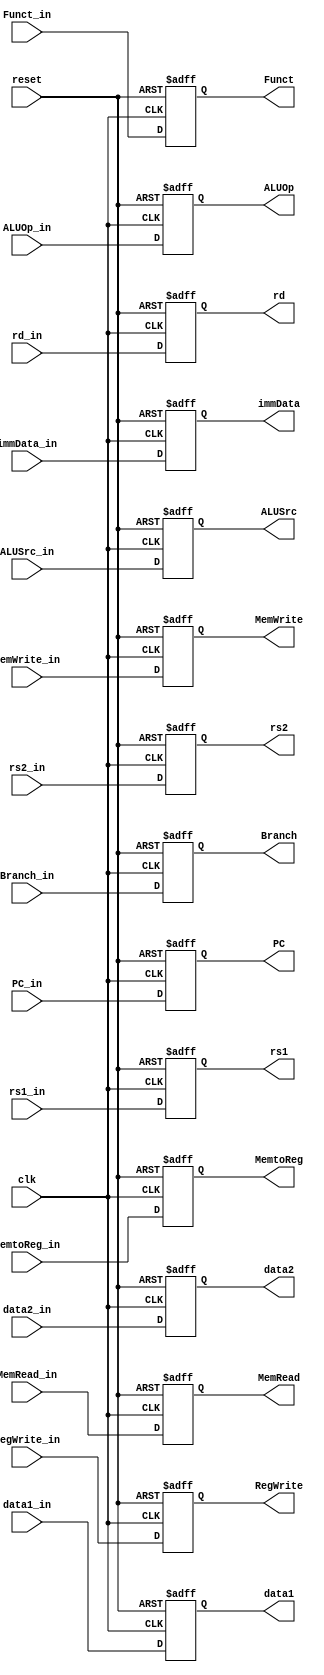
`timescale 1ns / 1ps
//////////////////////////////////////////////////////////////////////////////////
// Company: 
// Engineer: 
// 
// Design Name: 
// Module Name:    EXRegister 
// Project Name: 
// Target Devices: 
// Tool versions: 
// Description: 
//
// Dependencies: 
//
// Revision: 
// Revision 0.01 - File Created
// Additional Comments: 
//
//////////////////////////////////////////////////////////////////////////////////
module EXRegister(
  input [31:0] PC_in,
  input[31:0] data1_in,
  input[31:0] data2_in,
  input[31:0] immData_in, 
  input[4:0] rs1_in, 
  input[4:0] rs2_in, 
  input[4:0] rd_in,
  input[3:0] Funct_in,
	 input Branch_in, input MemRead_in, 
	 input MemtoReg_in, input MemWrite_in, 
	 input ALUSrc_in, input RegWrite_in, 
	 input[1:0] ALUOp_in, 
	 input clk, input reset,
	 
   output[31:0] PC,
   output[31:0] data1,
   output[31:0] data2,
   output[31:0] immData, 
   output[4:0] rs1, 
   output[4:0] rs2, 
   output[4:0] rd,
   output[3:0] Funct,
          output Branch, output MemRead, 
			 output MemtoReg, output MemWrite, 
			 output ALUSrc, output RegWrite,
          output [1:0] ALUOp 

);
	
	reg [31:0] PC_out,data1_out,data2_out,immData_out;
         reg [4:0] rs1_out,  rs2_out, rd_out;
         reg [3:0] Funct_out;
         reg Branch_out, MemRead_out, MemtoReg_out, MemWrite_out, ALUSrc_out, RegWrite_out;
         reg [1:0] ALUOp_out ;

  always @(posedge reset or posedge clk)
  begin
    if(reset)
      begin
        PC_out <= 64'b0;
        data1_out <= 64'b0;
        data2_out <= 64'b0;
        immData_out <= 64'b0;
        rs1_out <= 5'b0;
        rs2_out <= 5'b0;
        rd_out <= 5'b0;
        Funct_out <= 4'b0;
        Branch_out <= 1'b0;
        MemRead_out <= 1'b0;
        MemtoReg_out <= 1'b0;
        MemWrite_out <= 1'b0;
        ALUSrc_out <= 1'b0;
        RegWrite_out <= 1'b0;
        ALUOp_out <= 2'b0;
      end
    else
      begin
        PC_out <= PC_in;
        data1_out <= data1_in;
        data2_out <= data2_in;
        immData_out <= immData_in;
        rs1_out <= rs1_in;
        rs2_out <= rs2_in;
        rd_out <= rd_in;
        Funct_out <= Funct_in;
        Branch_out <= Branch_in;
        MemRead_out <= MemRead_in;
        MemtoReg_out <= MemtoReg_in;
        MemWrite_out <= MemWrite_in;
        ALUSrc_out <= ALUSrc_in;
        RegWrite_out <= RegWrite_in;
        ALUOp_out <= ALUOp_in;
      end
  end
  
   assign PC=PC_out;
   assign data1=data1_out;
   assign data2= data2_out;
   assign immData= immData_out; 
   assign rs1= rs1_out; 
   assign rs2= rs2_out; 
   assign rd=rd_out;
   assign Funct= Funct_out;
   assign Branch= Branch_out; 
	assign MemRead= MemRead_out;
	assign MemtoReg=MemtoReg_out; 
	assign MemWrite= MemWrite_out; 
	assign ALUSrc= ALUSrc_out; 
	assign RegWrite= RegWrite_out;
   assign ALUOp= ALUOp_out; 
  
endmodule